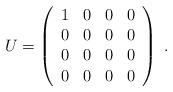
LaTeX: \begin{align*}U = \left( \begin{array}{cccc} 1 & 0 & 0 & 0 \\ 0 & 0 & 0 & 0 \\ 0 & 0 & 0 & 0 \\ 0 & 0 & 0 & 0 \end{array} \right)~.\end{align*}